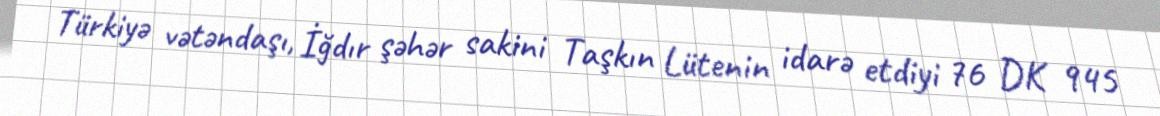
Türkiyə vətəndaşı, İğdır şəhər sakini Taşkın Lütenin idarə etdiyi 76 DK 945